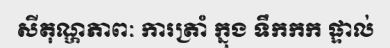
សីតុណ្ហភាពៈ ការត្រាំ ក្នុង ទឹកកក ផ្ទាល់